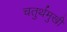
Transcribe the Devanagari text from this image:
चतुर्थमुखी